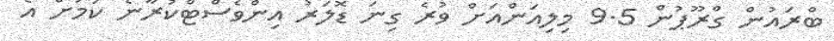
ބްރައުން ގްރޫޕުން 9.5 މިލިއަންއަށް ވުރެ ގިނަ ޑޮލަރު އިންވެސްޓްކުރާނެ ކަމަށް އެ